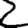
Digit: 2